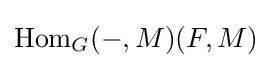
\operatorname {Hom} _{G}(-,M)(F,M)